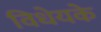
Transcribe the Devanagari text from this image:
विधेयके